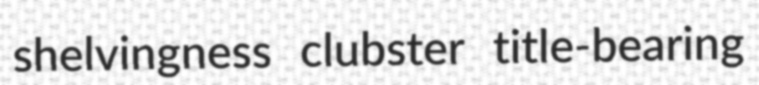
shelvingness clubster title-bearing